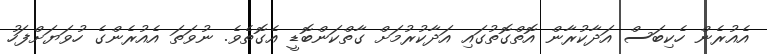
އެއުރެން ހެކިބަސް އަދާކުރާން އޮތްގޮތުގައި އަދާކުރުމަށް ގާތްކަންބޮޑީ އެގޮތެވެ. ނުވަތަ އެއުރެންގެ ހުވަޔަށްފަހު